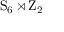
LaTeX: \mathrm { S } _ { 6 } \rtimes \mathrm { Z } _ { 2 }